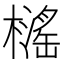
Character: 𱤤